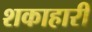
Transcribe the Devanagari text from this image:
शकाहारी